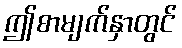
ဤစာမျက်နှာတွင်